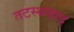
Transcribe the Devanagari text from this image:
तटस्थवाद